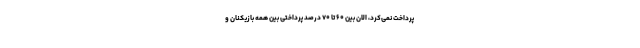
پرداخت نمی‌کرد، الان بین ۶۰ تا ۷۰ درصد پرداختی بین همه بازیکنان و